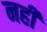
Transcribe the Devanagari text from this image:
नहीं